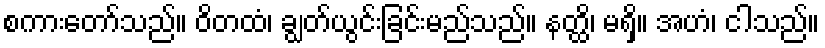
စကားတော်သည်။ ဝိတထံ၊ ချွတ်ယွင်းခြင်းမည်သည်။ နတ္ထိ၊ မရှိ။ အဟံ၊ ငါသည်။